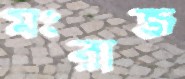
মংরাজ